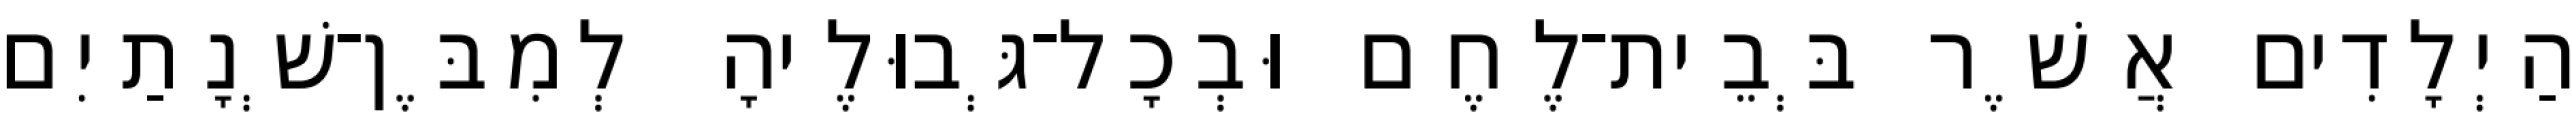
הַיְלָדִים אֲשֶׁר בְּבֵית־לֶחֶם וּבְכָל־גְּבוּלֶיהָ לְמִבֶּן־שְׁנָתַיִם